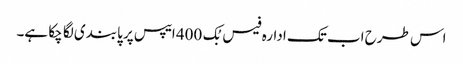
اس طرح اب تک ادارہ فیس بُک 400 ایپس پر پابندی لگا چکا ہے۔